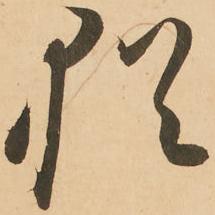
猶